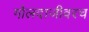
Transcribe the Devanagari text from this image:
गोलदाजीवरच